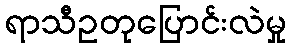
ရာသီဥတုပြောင်းလဲမှု